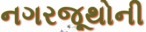
નગરજૂથોની